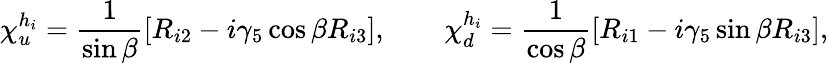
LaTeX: \chi_{u}^{h_{i}}=\frac{1}{\sin\beta}[R_{i2}-i\gamma_{5}\cos\beta R_{i3}],\qquad\chi_{d}^{h_{i}}=\frac{1}{\cos\beta}[R_{i1}-i\gamma_{5}\sin\beta R_{i3}],